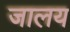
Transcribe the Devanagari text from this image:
जालय